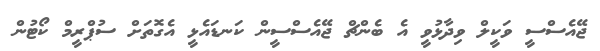
ޖޭއެސްސީ ވަކީލް ވިދާޅުވީ އެ ބެންޗް ޖޭއެސްސީން ކަނޑައެޅީ އެގޮތަށް ސުޕްރީމް ކޯޓުން